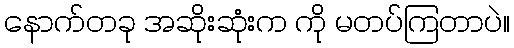
နောက်တခု အဆိုးဆုံးက ကို မတပ်ကြတာပဲ။